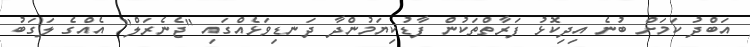
އަބްދު ކަމަށް ބުނެ އިދިކޮޅު ފަރާތްތަކުން ފާޑުކިޔަމުންދާ ދަނޑިވަޅެއްގައި "ޖެނެރަލް" އެއްގެ ލަގަބު